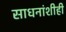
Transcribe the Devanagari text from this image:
साधनांशीही